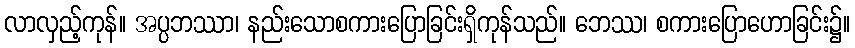
လာလှည့်ကုန်။ အပ္ပဘဿာ၊ နည်းသောစကားပြောခြင်းရှိကုန်သည်။ ဘေဿ၊ စကားပြောဟောခြင်း၌။